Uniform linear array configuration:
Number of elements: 48
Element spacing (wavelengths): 0.5
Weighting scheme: binomial
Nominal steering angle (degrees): -30
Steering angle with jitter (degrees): -31.796
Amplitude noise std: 0.05
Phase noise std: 0.05

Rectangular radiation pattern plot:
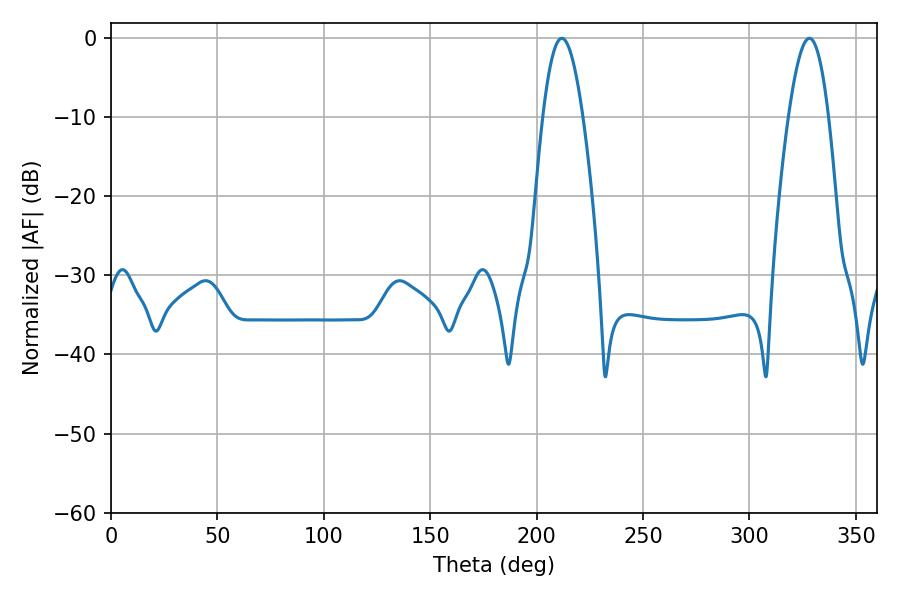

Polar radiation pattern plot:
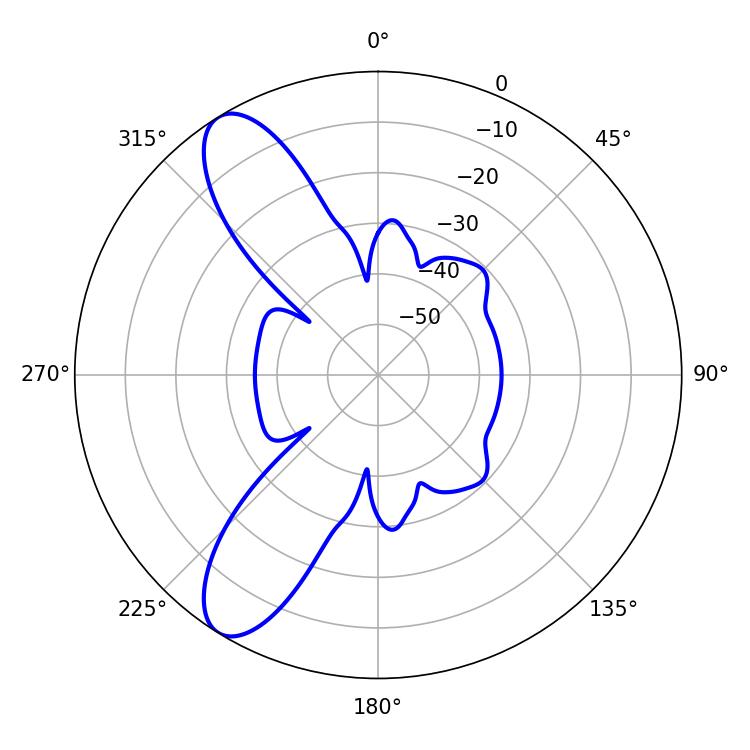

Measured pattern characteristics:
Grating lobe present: FALSE
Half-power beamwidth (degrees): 10.26
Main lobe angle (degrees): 211.86